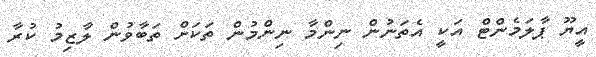
އީޔޫ ޕާލަމެންޓް އަކީ އެތަނުން ނިންމާ ނިންމުން ތަކަށް ތަބާވުން ލާޒިމު ކުރާ